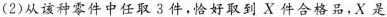
(2)从该种零件中任取3件，恰好取到X件合格品，X是